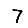
Digit: 7